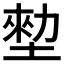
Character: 𡎼